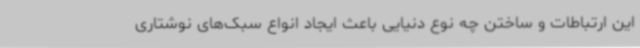
این ارتباطات و ساختن چه نوع دنیایی باعث ایجاد انواع سبک‌های نوشتاری